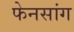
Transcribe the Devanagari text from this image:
फेनसांग